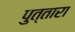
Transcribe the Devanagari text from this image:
पुत्तारा